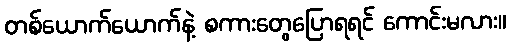
တစ်ယောက်ယောက်နဲ့ စကားတွေပြောရရင် ကောင်းမလား။